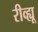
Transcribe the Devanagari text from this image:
रीव्ह्यू